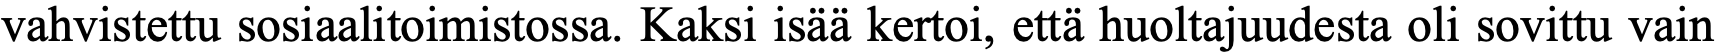
vahvistettu sosiaalitoimistossa. Kaksi isää kertoi, että huoltajuudesta oli sovittu vain